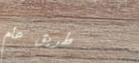
طريق عام